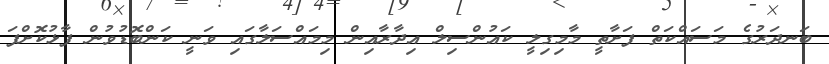
ބަނދަރުގެ މަސައްކަތް ފަށާތީ މާމިގިލީ ކައުންސިލް އިދާރާއިން މިމައްސަލާގައި ވަނީ ކަންބޮޑުވުން ފާޅުކޮށްފަ